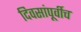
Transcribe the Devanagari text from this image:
दिवसांपूर्वीच